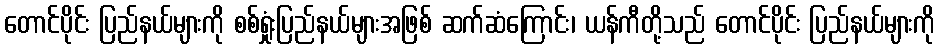
တောင်ပိုင်း ပြည်နယ်များကို စစ်ရှုံးပြည်နယ်များအဖြစ် ဆက်ဆံကြောင်း၊ ယန်ကီတို့သည် တောင်ပိုင်း ပြည်နယ်များကို